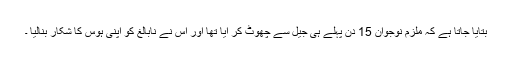
بتایا جاتا ہے کہ ملزم نوجوان 15 دن پہلے ہی جیل سے چھوٹ کر آیا تھا اور اس نے نابالغ کو اپنی ہوس کا شکار بنالیا ۔